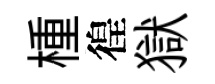
㮔徨獄